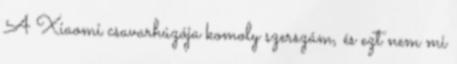
A Xiaomi csavarhúzója komoly szerszám, és ezt nem mi